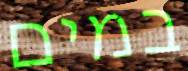
במים